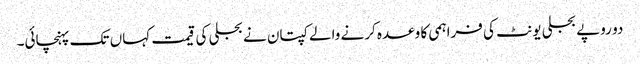
دو روپے بجلی یونٹ کی فراہمی کا وعدہ کرنے والے کپتان نے بجلی کی قیمت کہاں تک پہنچائی۔